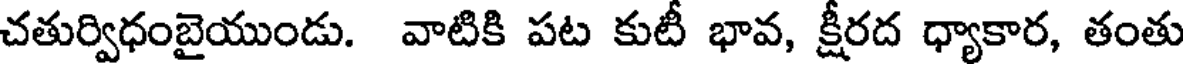
చతుర్విధంబైయుండు. వాటికి పట కుటీ భావ, క్షీరద ధ్యాకార, తంతు